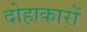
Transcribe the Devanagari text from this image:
दोहाकारों